King Institute of Preventive Medicine Micro-Biological Section reports 1909-11
Year: 1909
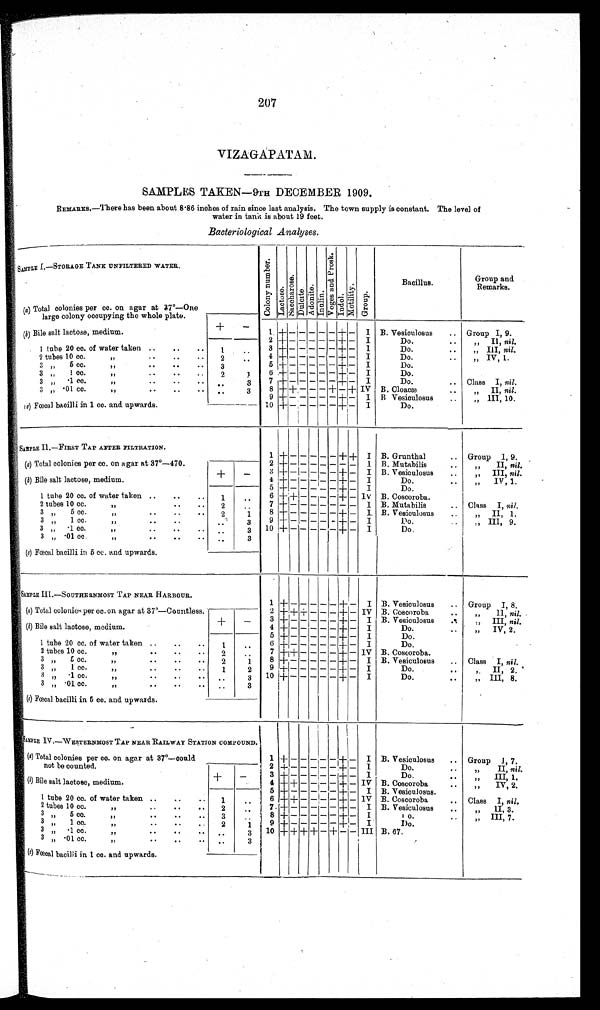
207
VIZAGAPATAM.
SAMPLES TAKEN-9TH DECEMBER 1909.
REMARKS.—There has been about 8 .86 inches of rain since last analysis. The town supply is constant. The level of
water in tank is about 19 feet.
Bacteriological Analyses.
SAMPLE I.—STORAGE TANK UNFILTERED WATER.
(a ) Total colonies per cc. on agar at 37°—One
large colony occupying the whole plate.
C o l o n y n u m b e r
L a c t o s e .
S a c c h a r o s e .
D u l o i t e .
A d o n i t e .
I n a l i n .
V o g e s a n d p r o s k .
I n d o l .
M o t i l i t y .
G r o u p
Bacillus.
Group and
Remarks.
–
B. Vesiculosus
Group I, 9.
+ –
- - - - +
I
(B) Bile salt lactose, medium.
+
–
1
2 + - - - - - + –
I
Do.
" „II., nil.
1 tube 20 cc. of water taken ..
..
..
1 ..
3 -I----+- - - - - + –
I
Do.
„ III, nil.
2 tubes 10 cc.
"
..
..
. .
2
. .
4 + - - - - - + –
I
Do.
„ IV, 1.
5 + - - - - - + -
I
Do.
3 "
5 cc. "
3
6
+ - - - - - + -
I
Do.
3 „
1 cc. "
2
1
7
3 „
1 cc.
"7
. .
3
+
-I-
+
I
Do.
.. Class I, nil.
8 + + - - - + - + IV
B. Cloacæ
"„ II, nil.
3 „ .01 cc.
"
..
..
. .
. .
3
+ - - - - - + -
I B Vesiculosus
..
„" III, 10.
9
+
- - - - -
+
-
I
Do.
(c) Fœcal bacilli in 1 cc. and upwards.
10
SAMPLE II.—FIRST TAP AFTER FILTRATION.
1
+
- - - - - + +
I
B. Grunthal
Group I , 9.
2 + - - - - - - -
I
B. Mutabilis
77
II, nil.
(a) Total colonies per cc. on agar at 37°—470.
(b) Bile salt lactose, medium
+
-
# + - - - - - + +
I B. Vesiculosus
„ III, nil..
4 + - - - - - + -
I
Do.
71
IV, 1.
5 + - - - - - + -
I
Do.
1 tube 20 cc. of water taken
1
..--
6 + + - - - - + - Iv B. Coscoroba.
7 + - - - - - - -
I B. Mutabilis
.. Class I, nil.
2 tubes 10 cc.
1
2
..
8 + - - - - - + -
I
B. Vesiculosus
..
„ II, 1.
3 ,," 5 cc. 11
2
1
9
3 „
1 ee. "
--
3
+ - - - - - + -
I
Do.
.", III, 9.
10
+
+
- - - - + -
I
Do.
3 „
.1 cc.
"
.
.
.--
3
3 „ .01 cc.
..
3
(c) Fœcal bacilli in 5 cc. and upwards.
SAMPLE III.—SOUTHERNMOST TAP NEAR HARBOUR.
1 +
- - - - -
+
-
I B. Vesiculosus
Group I, 8.
2 + + + - - - + - IV B. Coscoroba
..
",, 11, nil.
(a) Total colonies per cc. on agar at 37°—Countless.
(b) Bile salt lactose, medium.
+
- 3 + - - - - - + -
I B. Vesiculosus
„
III, nil.
4 + - - - - - + -
I
Do.
" IV, 2.
5 + - - - - - + -
I
Do.
1 tube 20 cc. of water taken
1
..
6 + - - - - - + -
I
Do.
2 tubes 10 cc.
"
2
. .
7 + + - - - - + - IV B. Coscoroba.
8 + - - - - - + -
I B. Vesiculosus
Class I, nil.
'
3 „
" 5 cc. "
2
1
9
3 „
1 cc.
",,
1
2
+ - - - - - + -
I
Do.
..
," II, 2.
3 "
.1 cc.
,,
..
3
10 +
I
- - - - -
+
-
I
Do.
„ III, 8.
3 „ .01 cc
11
..
..
3
(c) Fœcal bacilli in 5 cc. and upwards.
SAMPLE IV.— WESTERNMOST TAP NEAR RAILWAY STATION COMPOUND.
(a) Total colonies per cc. on agar at 37°—could
1 +
- - -
-
- +
-
I B. Vesiculosus
Group 1, 7.
2 + - - - - - + -
I
Do.
..
"„ II, nil.
not be counted.
(b) Bile salt lactose, medium.
+
- 3 + - - - - - + -
I
Do.
III, 1 .
4+ + - - - - + -
IV B. Coscoroba.
77
„
IV, 2.
5 + - - - - - + -
I B. Vesiculosus.
1 tube 20 cc. of water taken
1
. .
6 + + - - - + - IV B. Coscoroba
.
Class I, nil.
2 tubes 10
2 ..
7 + - - - - - + -
I B. Vesiculosus
..
„
II, 3.
8
3 " „ 5 cc. 71
3
. . . .
+- - - - - + -
I
D o .
III, 7.
3
1 cc.
• •
• •
2
1 9 + - - - - - + -
I
Do.
3 .1 cc. " .
..
3
10 +
+
+ + -
+
-
- III B. 67.
3 " .01 cc. "
..
3
(c)F œ c a l b a c i l l i
i n
1 c c . a n d
upwards .